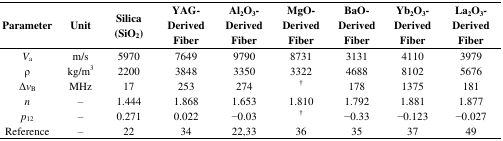
| Parameter | Unit | Silica (SiO2) | YAG-Derived Fiber | Al2O3-Derived Fiber | MgO-Derived Fiber | BaO-Derived Fiber | Yb2O3-Derived Fiber | La2O3-Derived Fiber |
 | --- | --- | --- | --- | --- | --- | --- | --- | --- |
 | Va | m/s | 5970 | 7649 | 9790 | 8731 | 3131 | 4110 | 3979 |
 | ρ | kg/m3 | 2200 | 3848 | 3350 | 3322 | 4688 | 8102 | 5676 |
 | ΔνB | MHz | 17 | 253 | 274 | † | 178 | 1375 | 181 |
 | n | – | 1.444 | 1.868 | 1.653 | 1.810 | 1.792 | 1.881 | 1.877 |
 | p12 | – | 0.271 | 0.022 | −0.03 | † | −0.33 | −0.123 | −0.027 |
 | Reference | – | 22 | 34 | 22,33 | 36 | 35 | 37 | 49 |